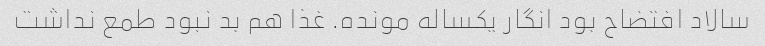
سالاد افتضاح بود انگار یکساله مونده. غذا هم بد نبود طمع نداشت